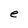
Character: e